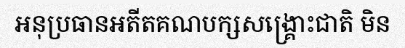
អនុប្រធានអតីតគណបក្សសង្គ្រោះជាតិ មិន